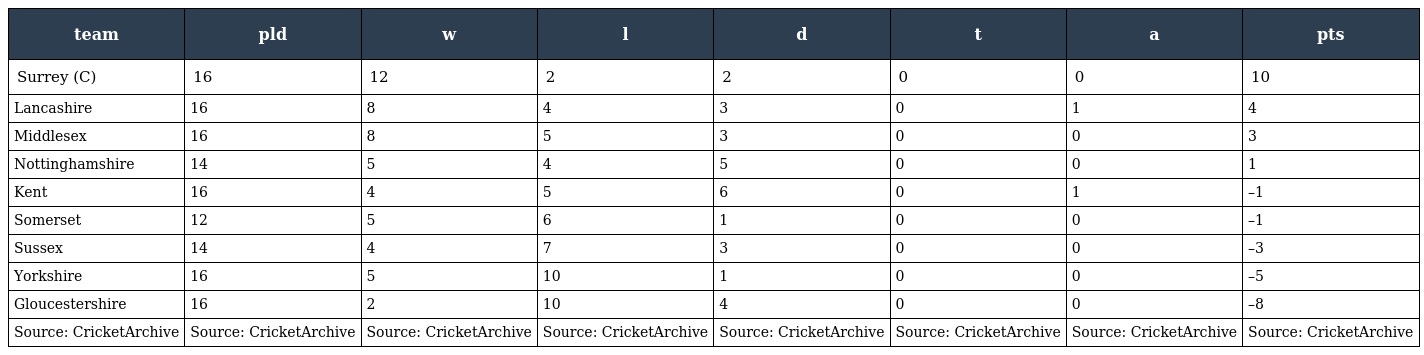
| team | pld | w | l | d | t | a | pts |
 | --- | --- | --- | --- | --- | --- | --- | --- |
 | Surrey (C) | 16 | 12 | 2 | 2 | 0 | 0 | 10 |
 | Lancashire | 16 | 8 | 4 | 3 | 0 | 1 | 4 |
 | Middlesex | 16 | 8 | 5 | 3 | 0 | 0 | 3 |
 | Nottinghamshire | 14 | 5 | 4 | 5 | 0 | 0 | 1 |
 | Kent | 16 | 4 | 5 | 6 | 0 | 1 | –1 |
 | Somerset | 12 | 5 | 6 | 1 | 0 | 0 | –1 |
 | Sussex | 14 | 4 | 7 | 3 | 0 | 0 | –3 |
 | Yorkshire | 16 | 5 | 10 | 1 | 0 | 0 | –5 |
 | Gloucestershire | 16 | 2 | 10 | 4 | 0 | 0 | –8 |
 | Source: CricketArchive | Source: CricketArchive | Source: CricketArchive | Source: CricketArchive | Source: CricketArchive | Source: CricketArchive | Source: CricketArchive | Source: CricketArchive |